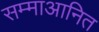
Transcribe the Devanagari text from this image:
सम्माआनित